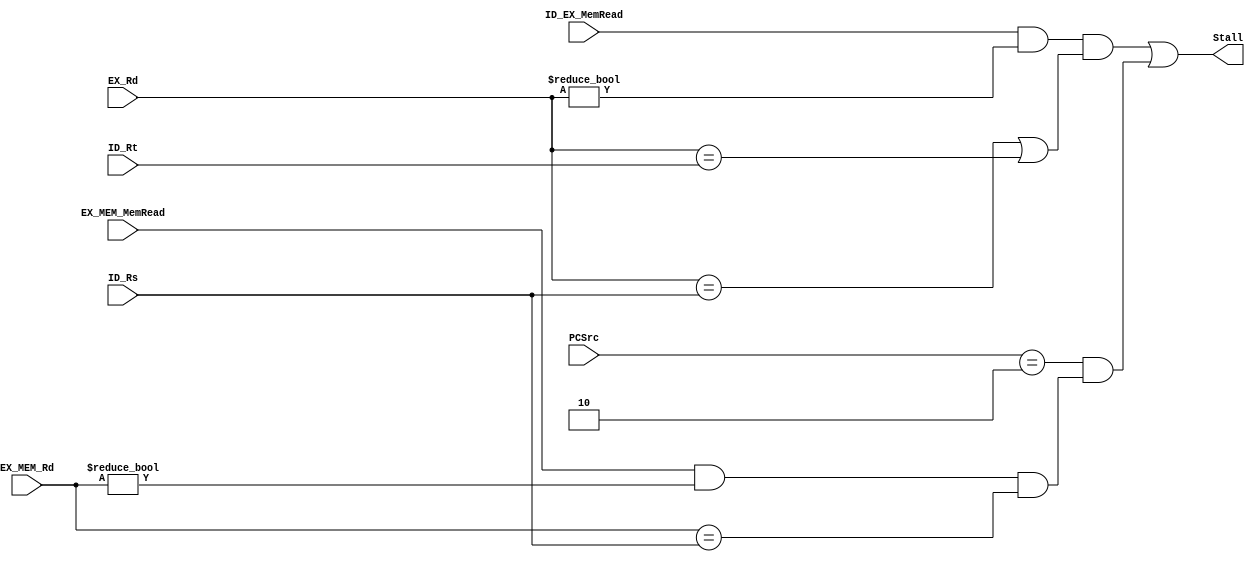
`timescale 1ns / 1ps

module LoadAndUse(
    ID_EX_MemRead, EX_MEM_MemRead, EX_Rd, ID_Rs, ID_Rt, EX_MEM_Rd, PCSrc, Stall
    );
    input ID_EX_MemRead;
    input EX_MEM_MemRead;
    input [4:0] EX_Rd;
    input [4:0] ID_Rs;
    input [4:0] ID_Rt;
    input [4:0] EX_MEM_Rd;
    input [2:0] PCSrc;
    output Stall;
    
    wire EX_Stall, MEM_Stall;
    
    assign EX_Stall = (ID_EX_MemRead) && (EX_Rd != 5'b00000)&& ((EX_Rd == ID_Rs) || (EX_Rd == ID_Rt));
    assign MEM_Stall = (EX_MEM_MemRead) && (EX_MEM_Rd != 5'b00000) && (EX_MEM_Rd == ID_Rs);
    assign Stall = EX_Stall || (PCSrc == 3'b010 && MEM_Stall); 
    
endmodule